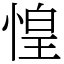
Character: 惶